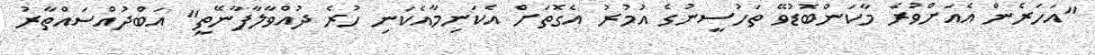
"އަހަރެން އެއަށްވުރެ މާކަންބޮޑުވޭ ތަހުސީނުގެ އުމުރު އެގޮތަށް އެކަނިމާއެކަނި ހުރެ ދުއްވާލާފާނޭތީ" އަބްދުއްސައްތާރު